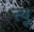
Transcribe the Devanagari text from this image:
ऩ्यू